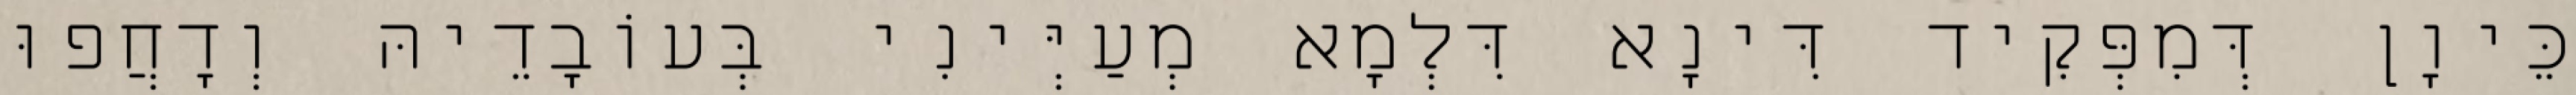
כֵּיוָן דְּמִפְּקִיד דִּינָא דִּלְמָא מְעַיְּינִי בְּעוֹבָדֵיהּ וְדָחֲפוּ